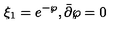
\xi _ { 1 } = e ^ { - \wp } , \bar { \partial } \wp = 0